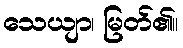
သေယျာ၊ မြတ်၏။